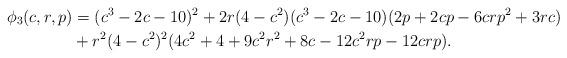
LaTeX: \begin{align*}\phi_3(c,r,p) &= (c^3-2c-10)^2+2r(4-c^2)(c^3-2c-10)(2p+2cp-6crp^2+3rc) \\ &+r^2(4-c^2)^2(4c^2+4+9c^2r^2+8c-12c^2rp-12crp).\end{align*}